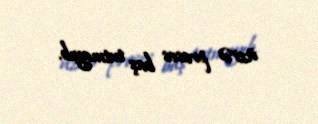
üzrə proses baş tutmayıb.